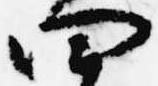
四